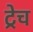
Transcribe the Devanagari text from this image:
ट्रेच